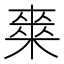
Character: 𭫘